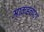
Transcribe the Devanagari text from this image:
माकडचेष्टा